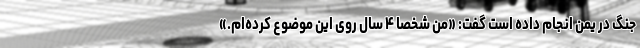
جنگ در یمن انجام داده است گفت: «من شخصاً ۴ سال روی این موضوع کرده‌ام.»